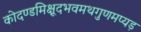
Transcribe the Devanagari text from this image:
कोदण्डमिक्षूदभवमथगुणमप्यड़